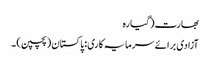
بھارت (گیارہ
آزادی برائے سرمایہ کاری: پاکستان (پچپن) ۔